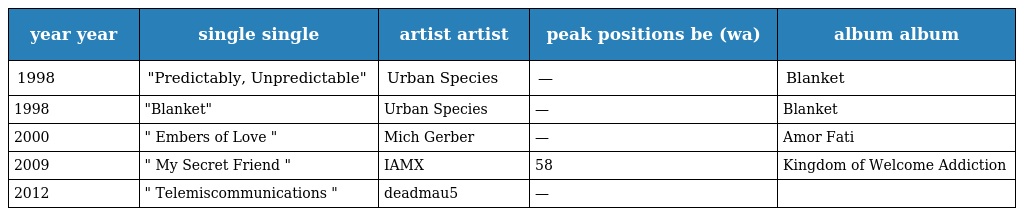
| year year | single single | artist artist | peak positions be (wa) | album album |
 | --- | --- | --- | --- | --- |
 | 1998 | "Predictably, Unpredictable" | Urban Species | — | Blanket |
 | 1998 | "Blanket" | Urban Species | — | Blanket |
 | 2000 | " Embers of Love " | Mich Gerber | — | Amor Fati |
 | 2009 | " My Secret Friend " | IAMX | 58 | Kingdom of Welcome Addiction |
 | 2012 | " Telemiscommunications " | deadmau5 | — |  |